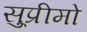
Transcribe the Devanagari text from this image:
सु्प्रीमो